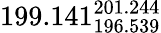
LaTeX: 199.141_{196.539}^{201.244}